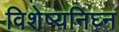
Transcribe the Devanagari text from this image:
विशेष्यनिघ्न